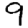
Digit: 9